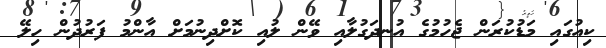
ކިއުގައި މަޑުކުރަން ޖެހުމުގެ އުނދަގުލާއި ވޭން ލުއި ކޮށްދިނުމަށް އާންމު ފަރުދުން ހިލޭ